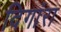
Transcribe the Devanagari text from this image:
दिगांरा